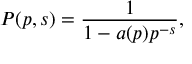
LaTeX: P ( p , s ) = { \frac { 1 } { 1 - a ( p ) p ^ { - s } } } ,